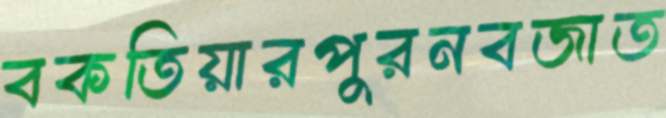
বকতিয়ারপুরনবজাত